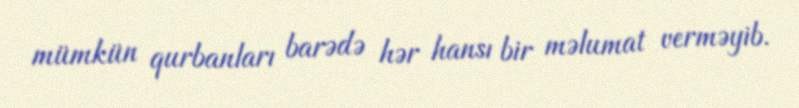
mümkün qurbanları barədə hər hansı bir məlumat verməyib.